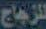
للزجاج